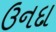
ઉનદા